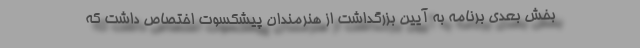
بخش بعدی برنامه به آیین بزرگداشت از هنرمندان پیشکسوت اختصاص داشت که